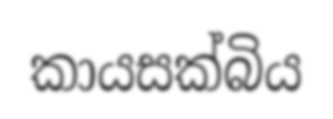
කායසක්බිය